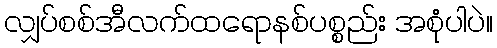
လျှပ်စစ်အီလက်ထရောနစ်ပစ္စည်း အစုံပါပဲ။